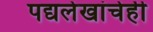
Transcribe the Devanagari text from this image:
पद्यलेखांचेही